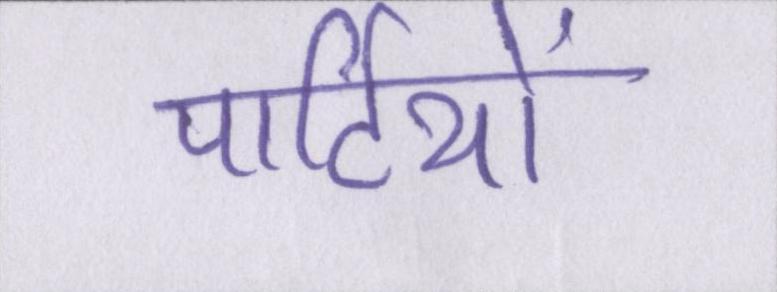
पार्टियों